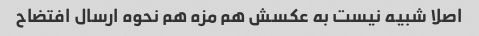
اصلا شبیه نیست به عکسش هم مزه هم نحوه ارسال افتضاح